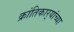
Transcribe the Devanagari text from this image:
क्रांतिकार्‍यांच्या